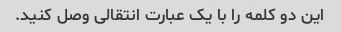
این دو کلمه را با یک عبارت انتقالی وصل کنید.